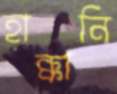
হাক্কানি